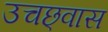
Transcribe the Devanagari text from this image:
उचछ्वास